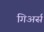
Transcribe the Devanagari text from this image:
गिअर्स